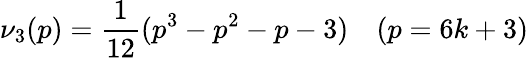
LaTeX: \nu_{3}(p)=\frac{1}{12}(p^{3}-p^{2}-p-3)~~~~(p=6k+3)